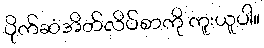
ပိုက်ဆံအိတ်လိပ်စာကို ကူးယူပါ။